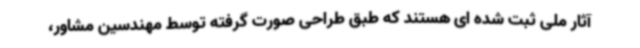
آثار ملی ثبت شده ای هستند که طبق طراحی صورت گرفته توسط مهندسین مشاور،